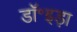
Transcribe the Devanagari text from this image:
डॉ॰इड़ा